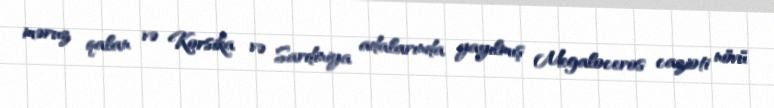
məruz qalan və Korsika və Sardiniya adalarında yayılmış Megaloceros cazioti növü